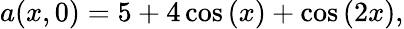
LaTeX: a(x,0)=5+4\cos\left(x\right)+\cos\left(2x\right),